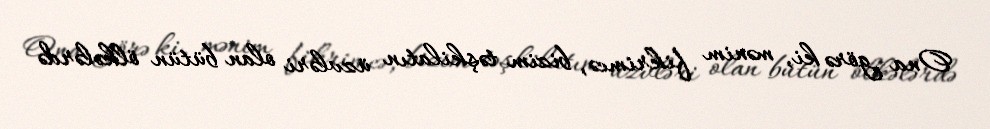
Ona görə ki, mənim fikrimcə, bizim təşkilatın üzvləri olan bütün ölkələrdə